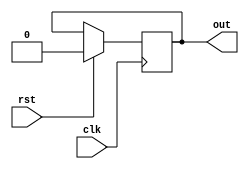
module clock_divider (
    input clk,  // clock
    input rst,  // reset
    output reg out
  );

  parameter WIDTH = 32;
  parameter DIV = 100;
  parameter HALF_DIV = DIV/2;

  parameter _DIV_MATCH = DIV - 1;

  /* Sequential Logic */
  always @(posedge clk) begin
    if (rst) begin
      out <= 0;
    end else begin

    end
  end

endmodule